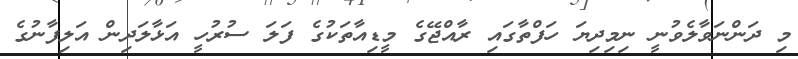
މި ދަންނަވާލެވުނީ ނިމިދިޔަ ހަފްތާގައި ރާއްޖޭގެ މީޑިއާތަކުގެ ފަލަ ސުރުހީ އަޅާލަދިން އަލިފާނުގެ